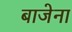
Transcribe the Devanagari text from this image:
बाजेना